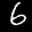
Label: 6